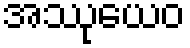
အဿုယေဝ